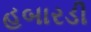
હબારડી